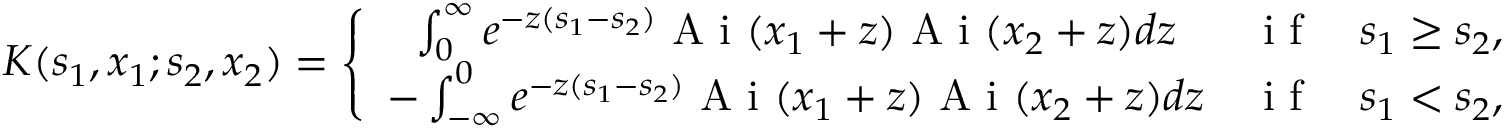
K ( s _ { 1 } , x _ { 1 } ; s _ { 2 } , x _ { 2 } ) = \left\{ \begin{array} { c c } { \int _ { 0 } ^ { \infty } e ^ { - z ( s _ { 1 } - s _ { 2 } ) } \textup { A i } ( x _ { 1 } + z ) \textup { A i } ( x _ { 2 } + z ) d z } & { \textrm { i f } \quad s _ { 1 } \geq s _ { 2 } , } \\ { - \int _ { - \infty } ^ { 0 } e ^ { - z ( s _ { 1 } - s _ { 2 } ) } \textup { A i } ( x _ { 1 } + z ) \textup { A i } ( x _ { 2 } + z ) d z } & { \textrm { i f } \quad s _ { 1 } < s _ { 2 } , } \end{array} \right.